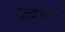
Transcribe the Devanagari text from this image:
ज्वान